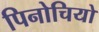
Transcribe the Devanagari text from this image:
पिनोचियो